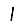
Digit: 1